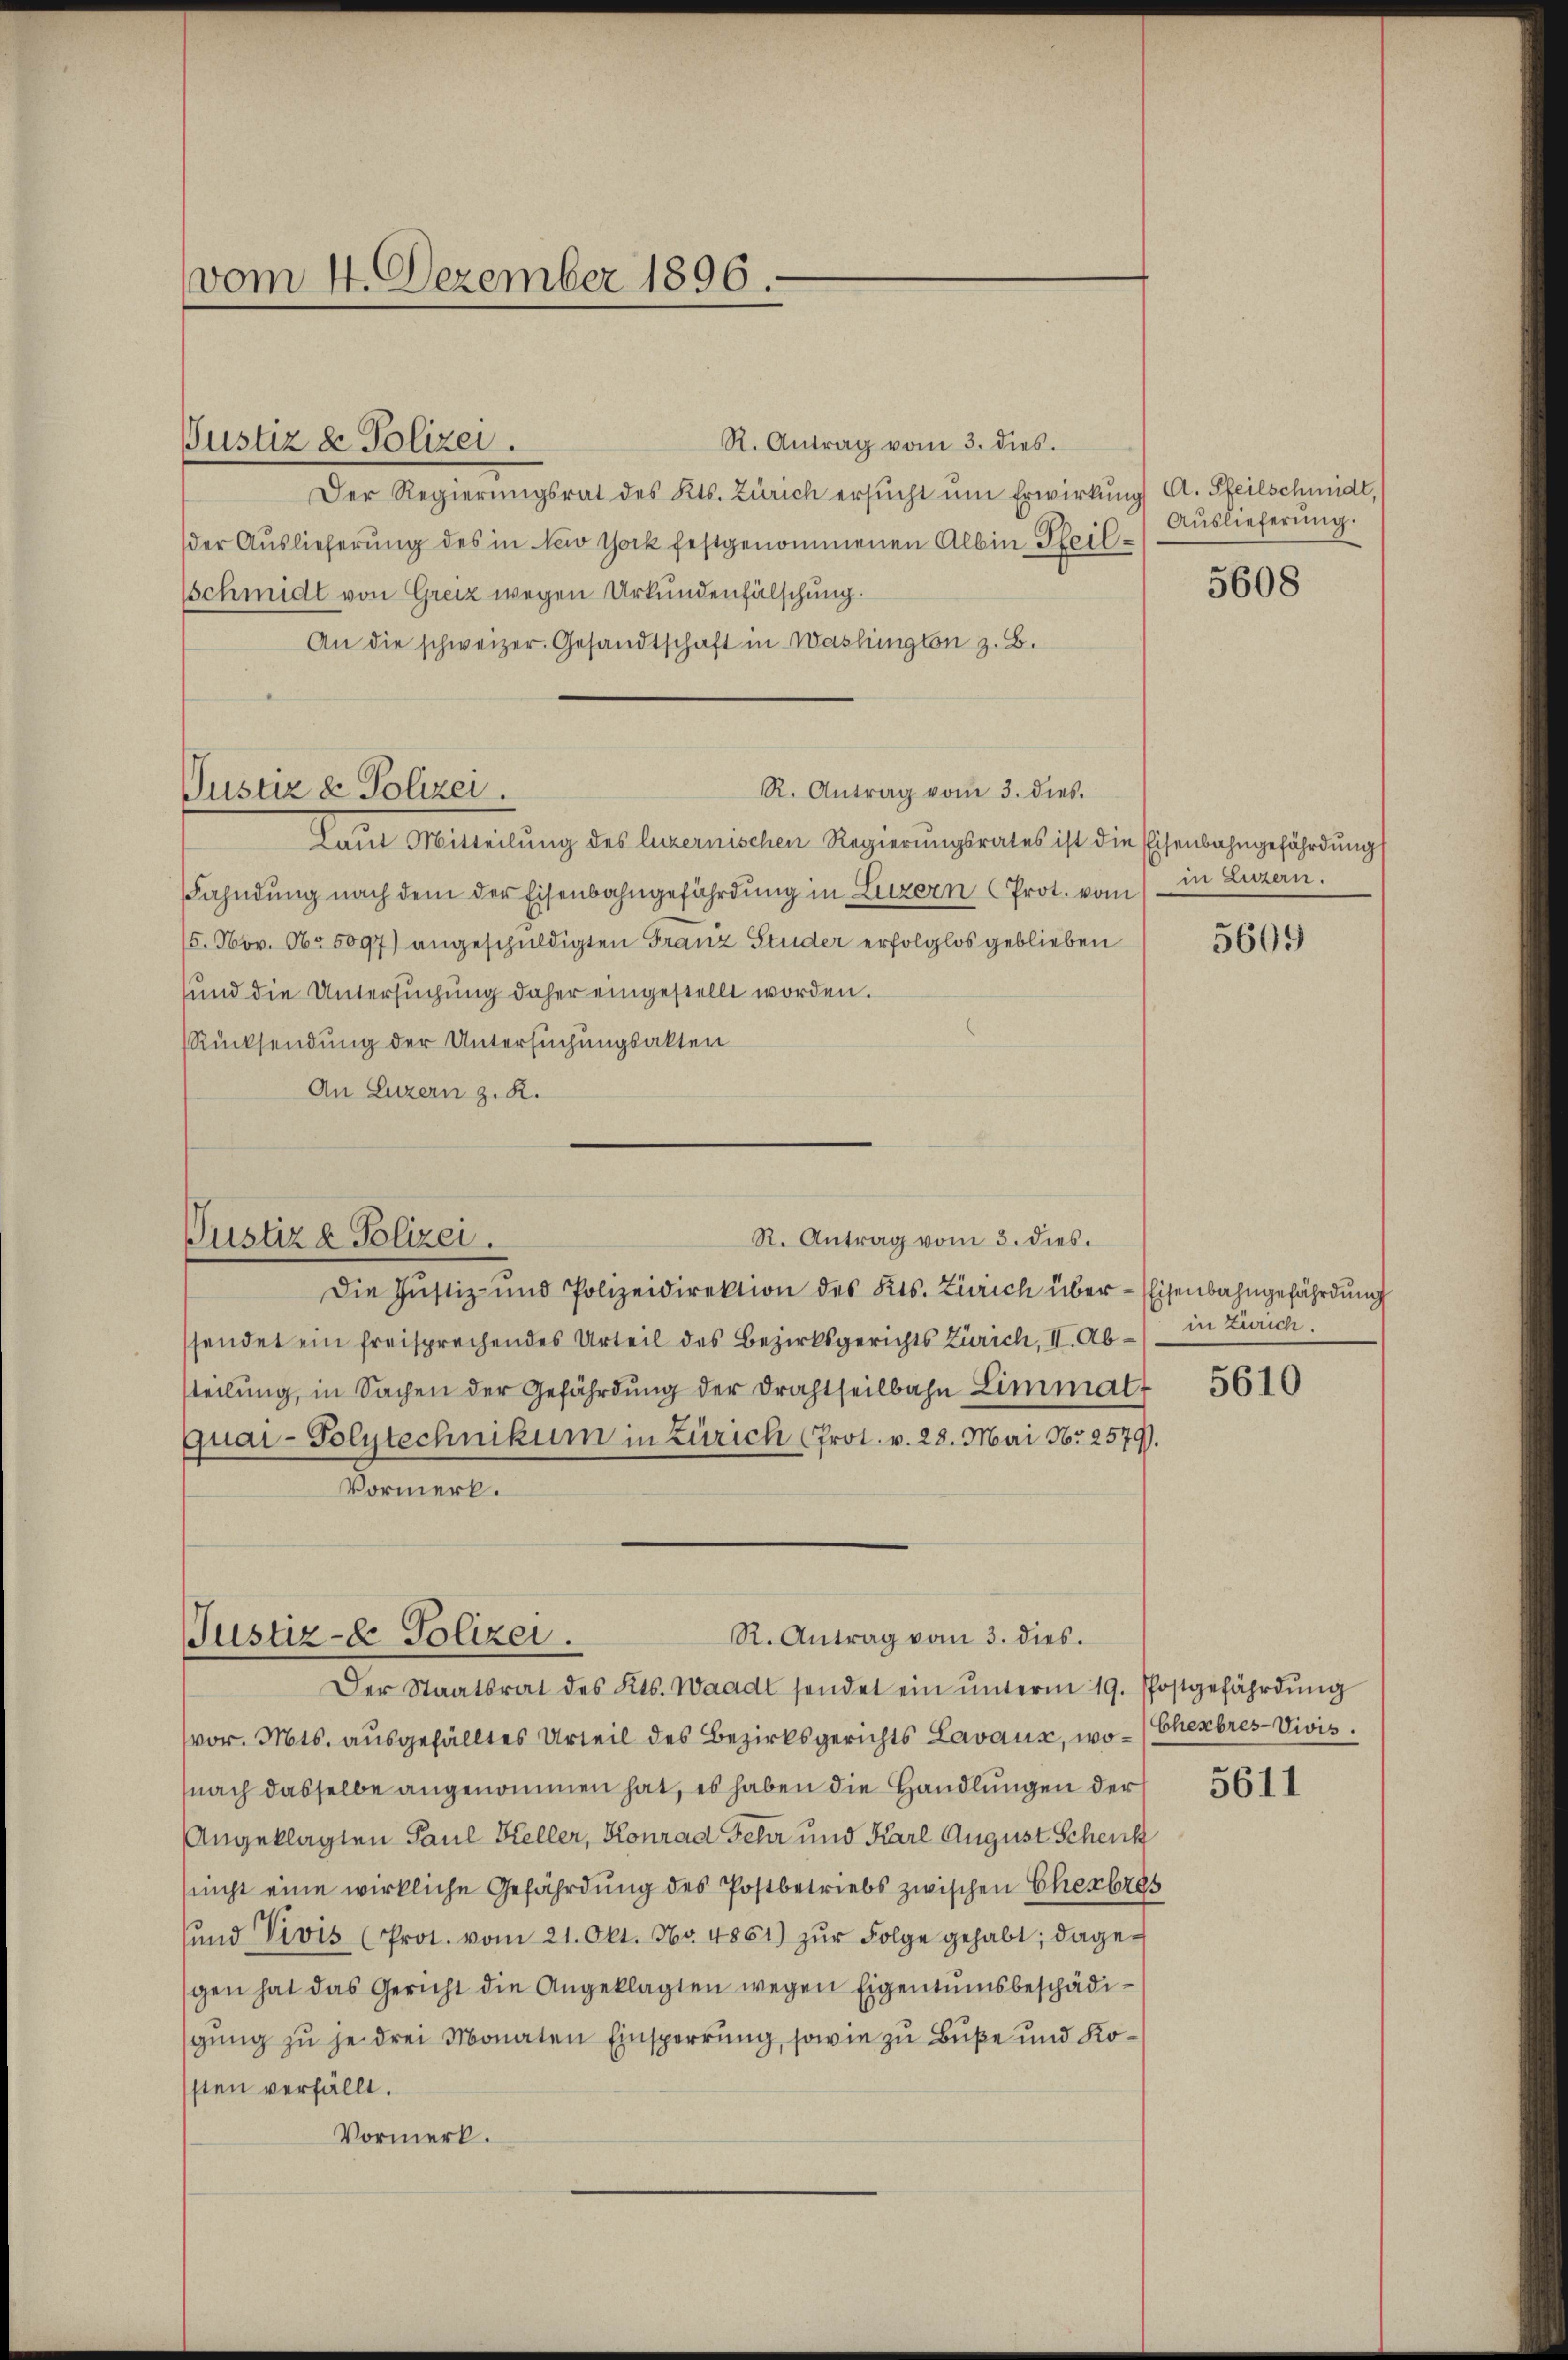
vom 4. Dezember 1896.

Justiz & Polizei.

Justiz & Polizei

R. Antrag vom 3. dies.
Der Regierŭngsrat des Kts. Zürich ersŭcht ŭm Erwirkŭng A. Pfeilschmidt,
der Auslieferung des in Newo thock festgenommenen Albin Theil¬
Schmidt von Grenz wegen Urkundenfälschung.
An die schweizer Gesandtschaft in Washington z. B.
R. Antrag vom 3. dies
Laut Mitteilŭng des luzernischen Regierŭngsrates ist die Eisenbahngefährdung
Fahndŭng nach dem der Eisenbahngefährdŭng in Luzern Prot. vom in Luzern.
15. Nov. 16. 5097) angeschuldigten Franz Studer erfolglos geblieben
und die Untersuchung daher eingestellt worden.
Rücksendung der Untersuchungsakten
An Luzern z. R.

R. Antrag vom 3. dies.
Justiz & Polizei.

R. Antrag vom 3. dies.
Justiz- & Polizei.

Die Justiz- und Polizeidirektion des Kts. Zürich über- Eisenbahngefährdung
ssendet ein freisprechendes Urteil des Bezirksgerichts Zürich, II. Absteilung, in Sachen der Gefährdung der Drahtseilbahn Limmat¬
Quai- Polytechnikum in Zürich (Prot. v. 28. Mai Nr. 2579)
Vormerk.

Auslieferung.

Der Staatsrat des Kts. Waadt sendet ein ŭnterm 19. Postgefährdŭng
vor. Mts. ausgefälltes Urteil des Bezirksgerichts Lavaux, wo- (Cherbres-Vivis.
nach dasselbe angenommen hat, es haben die Handlungen der 561
Angeklagten Paul Keller, Konrad Fehr und Karl August Schenk
(nicht eine wirkliche Gefährdung des Postbetriebs zwischen Cherbres
ŭnd Vivis (Prot. vom 21. Okt. No. 4861) zŭr Folge gehabt; dage-
gen hat das Gericht die Angeklagten wegen Eigentumsbeschädigung zu je drei Monaten Einsperrung, sowie zu Buße und Kosten verfällt.
Vormerk.

5608

5609

in Zürich.
5610